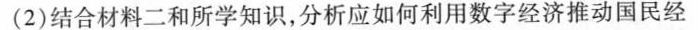
(2)结合材料二和所学知识，分析应如何利用数字经济推动国民经